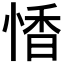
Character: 𪬏